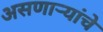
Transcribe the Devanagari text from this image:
असणाऱ्यांचे